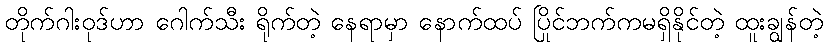
တိုက်ဂါးဝုဒ်ဟာ ဂေါက်သီး ရိုက်တဲ့ နေရာမှာ နောက်ထပ် ပြိုင်ဘက်ကမရှိနိုင်တဲ့ ထူးချွန်တဲ့